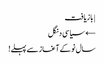
| بازیافت
← سیاسی دنگل
سال نو کے آغاز سے پہلے!